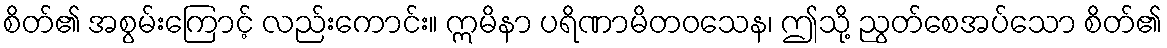
စိတ်၏ အစွမ်းကြောင့် လည်းကောင်း။ ဣမိနာ ပရိဏာမိတဝသေန၊ ဤသို့ ညွတ်စေအပ်သော စိတ်၏